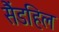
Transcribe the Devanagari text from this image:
सैंडहिल